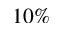
1 0 \%